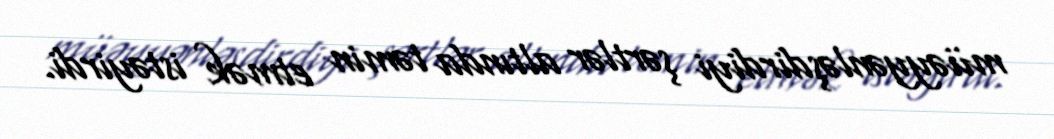
müəyyənləşdirdiyi şərtlər altında təmin etmək istəyirdi.